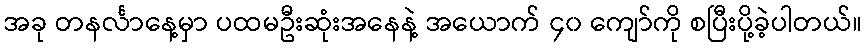
အခု တနင်္လာနေ့မှာ ပထမဦးဆုံးအနေနဲ့ အယောက် ၄၀ ကျော်ကို စပြီးပို့ခဲ့ပါတယ်။